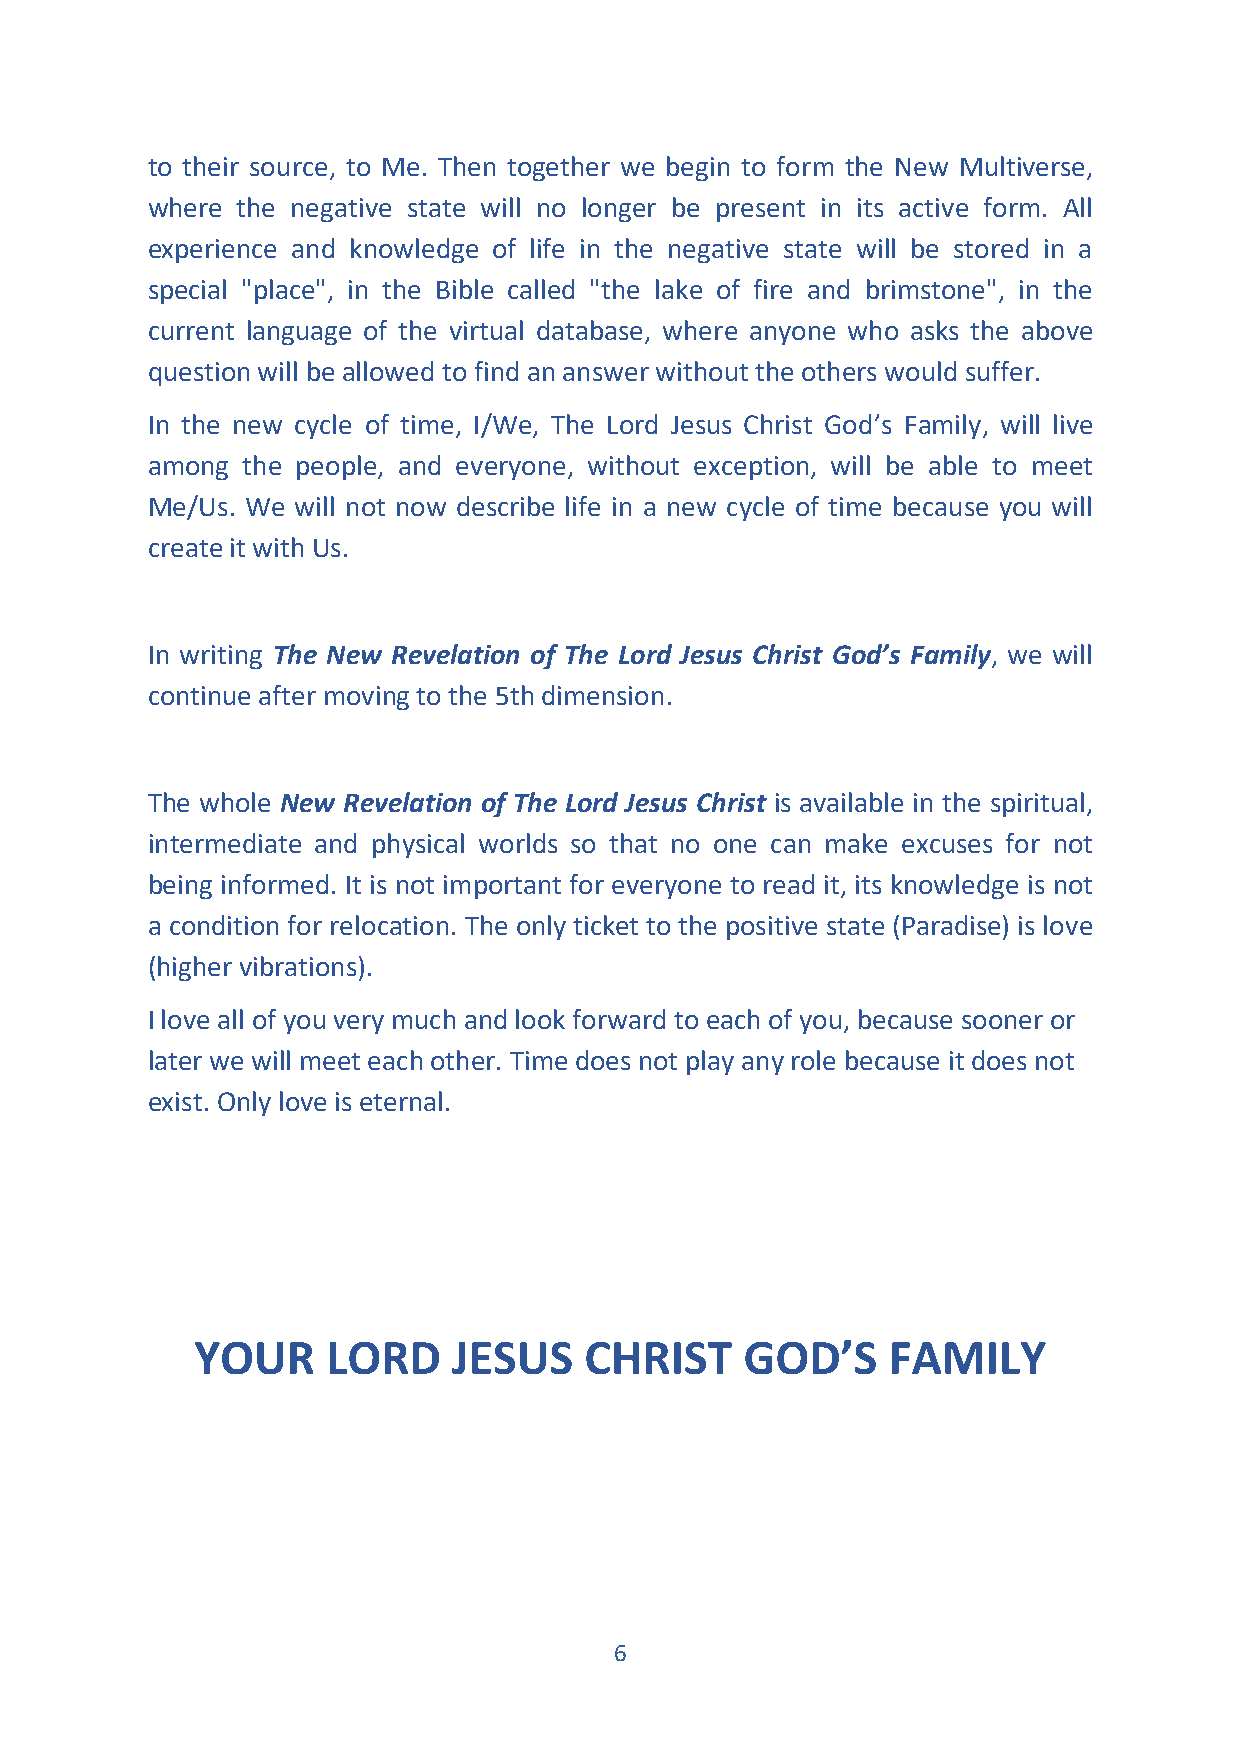
to their source, to Me. Then together we begin to form the New Multiverse,
 where the negative state will no longer be present in its active form. All
 experience and knowledge of life in the negative state will be stored in a
 special "place", in the Bible called "the lake of fire and brimstone", in the
 current language of the virtual database, where anyone who asks the above
 question will be allowed to find an answer without the others would suffer.
 In the new cycle of time, I/We, The Lord Jesus Christ God’s Family, will live
 among the people, and everyone, without exception, will be able to meet
 Me/Us. We will not now describe life in a new cycle of time because you will
 create it with Us.
 In writing The New Revelation of The Lord Jesus Christ God’s Family, we will
 continue after moving to the 5th dimension.
 The whole New Revelation of The Lord Jesus Christ is available in the spiritual,
 intermediate and physical worlds so that no one can make excuses for not
 being informed. It is not important for everyone to read it, its knowledge is not
 a condition for relocation. The only ticket to the positive state (Paradise) is love
 (higher vibrations).
 I love all of you very much and look forward to each of you, because sooner or
 later we will meet each other. Time does not play any role because it does not
 exist. Only love is eternal.
 YOUR     LORD    JESUS    CHRIST    GOD’S     FAMILY
 6